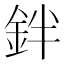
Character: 鉡